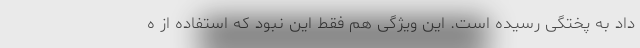
داد به پختگی رسیده است. این ویژگی هم فقط این نبود که استفاده از ه